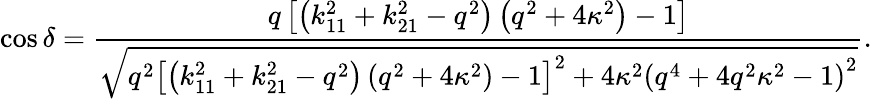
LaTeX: \cos\delta=\frac{{q\left[{\left({k_{11}^{2}+k_{21}^{2}-{q^{2}}}\right)\left({{q^{2}}+4{\kappa^{2}}}\right)-1}\right]}}{{\sqrt{{q^{2}}{{\left[{\left({k_{11}^{2}+k_{21}^{2}-{q^{2}}}\right)\left({{q^{2}}+4{\kappa^{2}}}\right)-1}\right]}^{2}}+4{\kappa^{2}}{{\left({{q^{4}}+4{q^{2}}{\kappa^{2}}-1}\right)}^{2}}}}}.